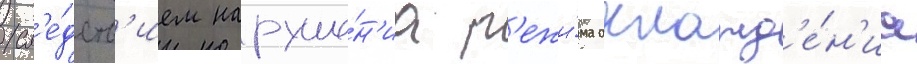
сл'е́дств'ием наруше́н'иа р'ежи́ма охлажд'е́н'иа